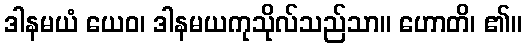
ဒါနမယံ ယေဝ၊ ဒါနမယကုသိုလ်သည်သာ။ ဟောတိ၊ ၏။